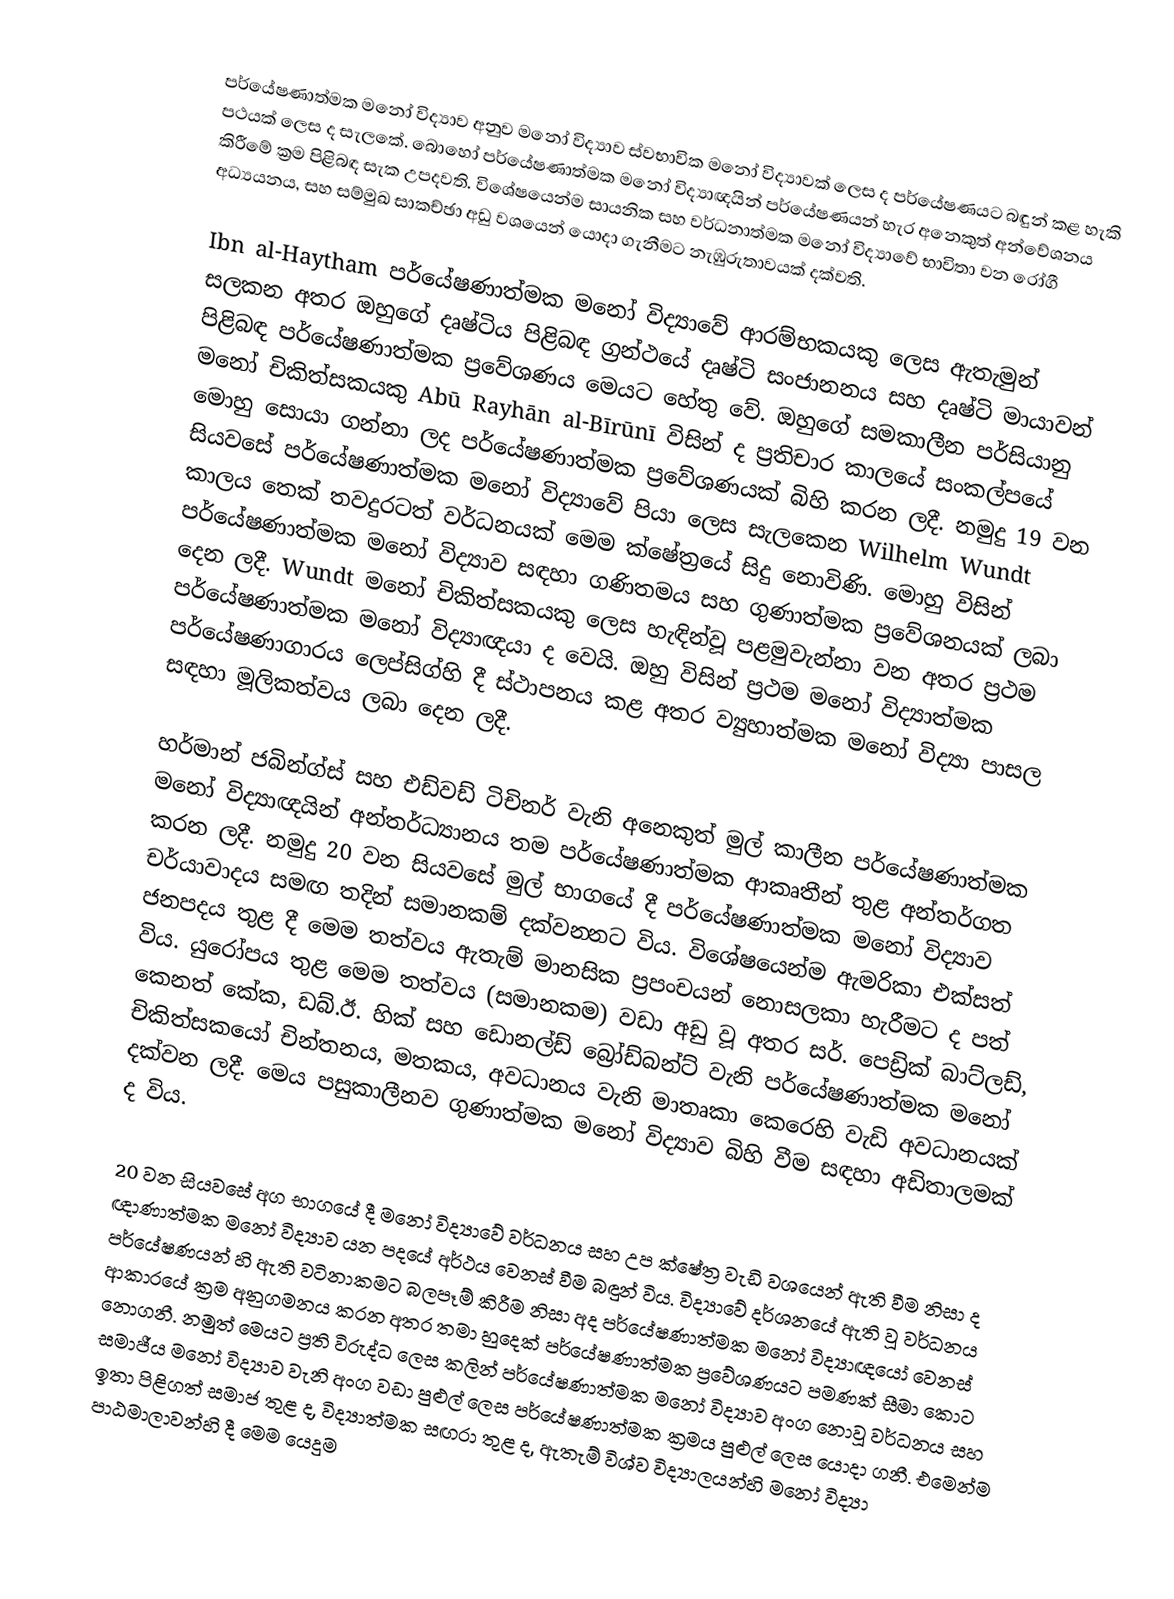
පර්යේෂණාත්මක මනෝ විද්‍යාව අනුව මනෝ විද්‍යාව ස්වභාවික මනෝ විද්‍යාවක් ලෙස ද පර්යේෂණයට බඳුන් කළ හැකි පථයක් ලෙස ද සැලකේ. බොහෝ පර්යේෂණාත්මක මනෝ විද්‍යාඥයින් පර්යේෂණයන් හැර අනෙකුත් අන්වේශනය කිරීමේ ක්‍රම පිළිබඳ සැක උපදවති. විශේෂයෙන්ම සායනික සහ වර්ධනාත්මක මනෝ විද්‍යාවේ භාවිතා වන රෝගී අධ්‍යයනය, සහ සම්මුඛ සාකච්ඡා අඩු වශයෙන් යොදා ගැනීමට නැඹුරුතාවයක් දක්වති.

Ibn al-Haytham පර්යේෂණාත්මක මනෝ විද්‍යාවේ ආරම්භකයකු ලෙස ඇතැමුන් සලකන අතර ඔහුගේ දෘෂ්ටිය පිළිබඳ ග්‍රන්ථයේ දෘෂ්ටි සංජානනය සහ දෘෂ්ටි මායාවන් පිළිබඳ පර්යේෂණාත්මක ප්‍රවේශණය මෙයට හේතු වේ. ඔහුගේ සමකාලීන පර්සියානු ම‍නෝ චිකිත්සකයකු Abū Rayhān al-Bīrūnī විසින් ද ප්‍රතිචාර කාලයේ සංකල්පයේ මොහු සොයා ගන්නා ලද පර්යේෂණාත්මක ප්‍රවේශණයක් බිහි කරන ලදී. නමුදු 19 වන සියවසේ පර්යේෂණාත්මක මනෝ විද්‍යාවේ පියා ලෙස සැලකෙන Wilhelm Wundt කාලය තෙක් තවදුරටත් වර්ධනයක් මෙම ක්ෂේත්‍රයේ සිදු නොවිණි. මොහු විසින් පර්යේෂණාත්මක මනෝ විද්‍යාව සඳහා ගණිතමය සහ ගුණාත්මක ප්‍රවේශනයක් ලබා දෙන ලදී.  Wundt මනෝ චිකිත්සකයකු ලෙස හැඳින්වූ පළමුවැන්නා වන අතර ප්‍රථම පර්යේෂණාත්මක මනෝ විද්‍යාඥයා ද වෙයි. ඔහු විසින් ප්‍රථම මනෝ විද්‍යාත්මක පර්යේෂණාගාරය ලෙප්සිග්හි දී ස්ථාපනය කළ අතර ව්‍යුහාත්මක මනෝ විද්‍යා පාසල සඳහා මූලිකත්වය ලබා දෙන ලදී.

හර්මාන් ජබින්ග්ස් සහ එඩ්වඩ් ටිචිනර් වැනි අනෙකුත් මුල් කාලීන පර්යේෂණාත්මක මනෝ විද්‍යාඥයින් අන්තර්ධ්‍යානය තම පර්යේෂණාත්මක ආකෘතීන් තුළ අන්තර්ගත කරන ලදී. නමුදු 20 වන සියවසේ මුල් භාගයේ දී පර්යේෂණාත්මක මනෝ විද්‍යාව චර්යාවාදය සමඟ තදින් සමානකම් දක්වන‍්නට විය. විශේෂයෙන්ම ඇමරිකා එක්සත් ජනපදය තුළ දී මෙම තත්වය ඇතැම් මානසික ප්‍රපංචයන් නොසලකා හැරීමට ද පත් විය. යුරෝපය තුළ මෙම තත්වය (සමානකම) වඩා අඩු වූ අතර සර්. පෙඩ්‍රික් බාට්ලඩ්, කෙනත් කේක, ඩබ්.ඊ. හික් සහ ඩොනල්ඩ් බ්‍රෝඩ්බන්ට් වැනි පර්යේෂණාත්මක මනෝ චිකිත්සකයෝ චින්තනය, මතකය, අවධානය වැනි මාතෘකා කෙරෙහි වැඩි අවධානයක් දක්වන ලදී. මෙය පසුකාලීනව ගුණාත්මක මනෝ විද්‍යාව බිහි වීම සඳහා අඩිතාලමක් ද විය.

20 වන සියවසේ අග භාගයේ දී ම‍නෝ විද්‍යාවේ වර්ධනය සහ උප ක්ෂේත්‍ර වැඩි ව‍ශයෙන් ඇති වීම නිසා ද ඥාණාත්මක මනෝ විද්‍යාව යන පදයේ අර්ථය වෙනස් වීම බඳුන් විය. විද්‍යාවේ දර්ශනයේ ඇති වූ වර්ධනය පර්යේෂණයන් හි ඇති වටිනාකමට බලපෑම් කිරීම නිසා අද පර්යේෂණාත්මක මනෝ විද්‍යාඥයෝ වෙනස් ආකාරයේ ක්‍රම අනුගමනය කරන අතර තමා හුදෙක් පර්යේෂණාත්මක ප්‍රවේශණයට පමණක් සීමා කොට නොගනී. නමුත් මෙයට ප්‍රති විරුද්ධ ලෙස කලින් පර්යේෂණාත්මක මනෝ විද්‍යාව අංග නොවූ වර්ධනය සහ සමාජීය මනෝ විද්‍යාව වැනි අංග වඩා පුළුල් ලෙස පර්යේෂණාත්මක ක්‍රමය පුළුල් ලෙස යොදා ගනී. එමෙන්ම ඉතා පිළිගත් සමාජ තුළ ද, විද්‍යාත්මක සඟරා තුළ ද, ඇතැම් විශ්ව විද්‍යාලයන්හි මනෝ විද්‍යා පාඨමාලාවන්හි දී මෙම යෙදුම